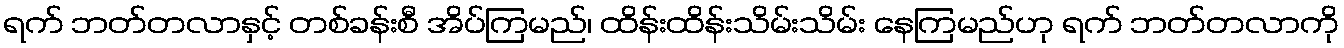
ရက် ဘတ်တလာနှင့် တစ်ခန်းစီ အိပ်ကြမည်၊ ထိန်းထိန်းသိမ်းသိမ်း နေကြမည်ဟု ရက် ဘတ်တလာကို